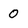
Character: 0